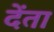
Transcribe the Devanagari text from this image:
देंता